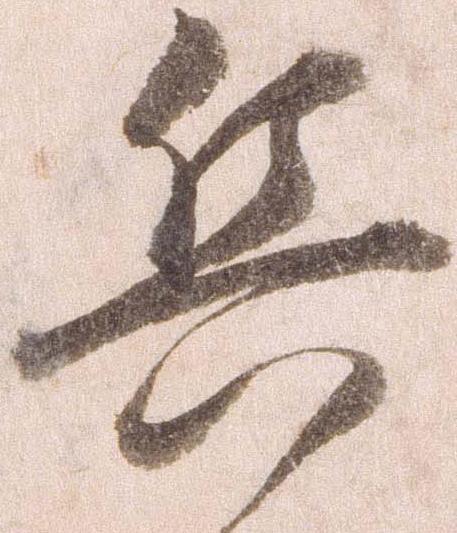
兵